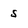
Character: 5